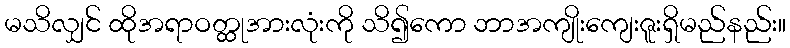
မသိလျှင် ထိုအရာဝတ္ထုအားလုံးကို သိ၍ကော ဘာအကျိုးကျေးဇူးရှိမည်နည်း။